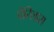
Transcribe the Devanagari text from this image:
पेरिलास